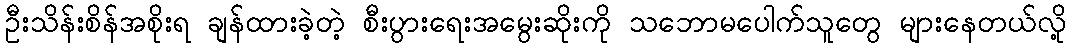
ဦးသိန်းစိန်အစိုးရ ချန်ထားခဲ့တဲ့ စီးပွားရေးအမွေးဆိုးကို သဘောမပေါက်သူတွေ များနေတယ်လို့